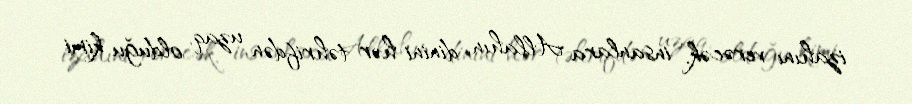
izahını verəcək, insanlara Allahın dinini hər təhrifdən uzaq, olduğu kimi